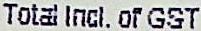
TOTAL INCL. OF GST